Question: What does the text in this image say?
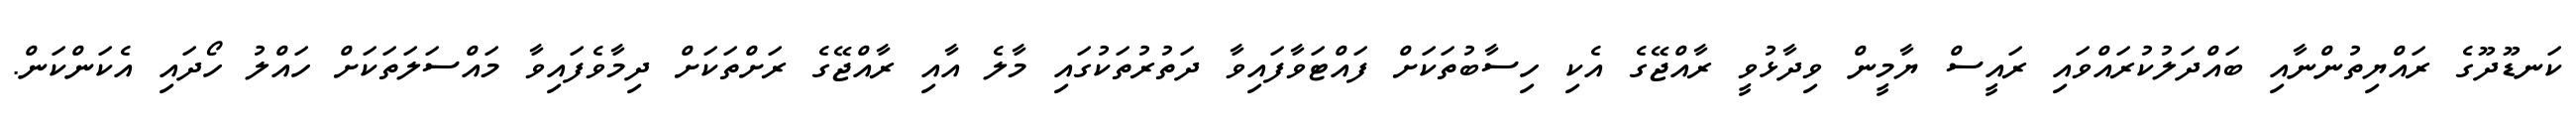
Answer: ކަނޑޫދޫގެ ރައްޔިތުންނާއި ބައްދަލުކުރައްވައި ރައީސް ޔާމީން ވިދާޅުވީ ރާއްޖޭގެ އެކި ހިސާބުތަކަށް ފައްޓަވާފައިވާ ދަތުރުތަކުގައި މާލެ އާއި ރާއްޖޭގެ ރަށްތަކަށް ދިމާވެފައިވާ މައްސަލަތަކަށް ހައްލު ހޯދައި އެކަންކަން.